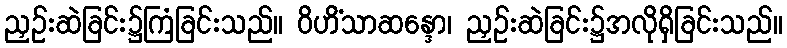
ညှဉ်းဆဲခြင်း၌ကြံခြင်းသည်။ ဝိဟိံသာဆန္ဒော၊ ညှဉ်းဆဲခြင်း၌အလိုရှိခြင်းသည်။